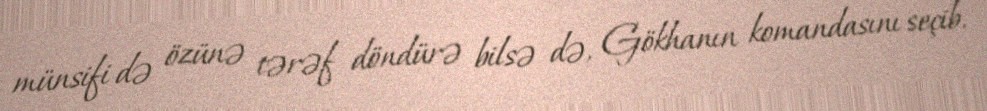
münsifi də özünə tərəf döndürə bilsə də, Gökhanın komandasını seçib.